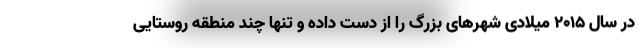
در سال ۲۰۱۵ میلادی شهرهای بزرگ را از دست داده و تنها چند منطقه روستایی